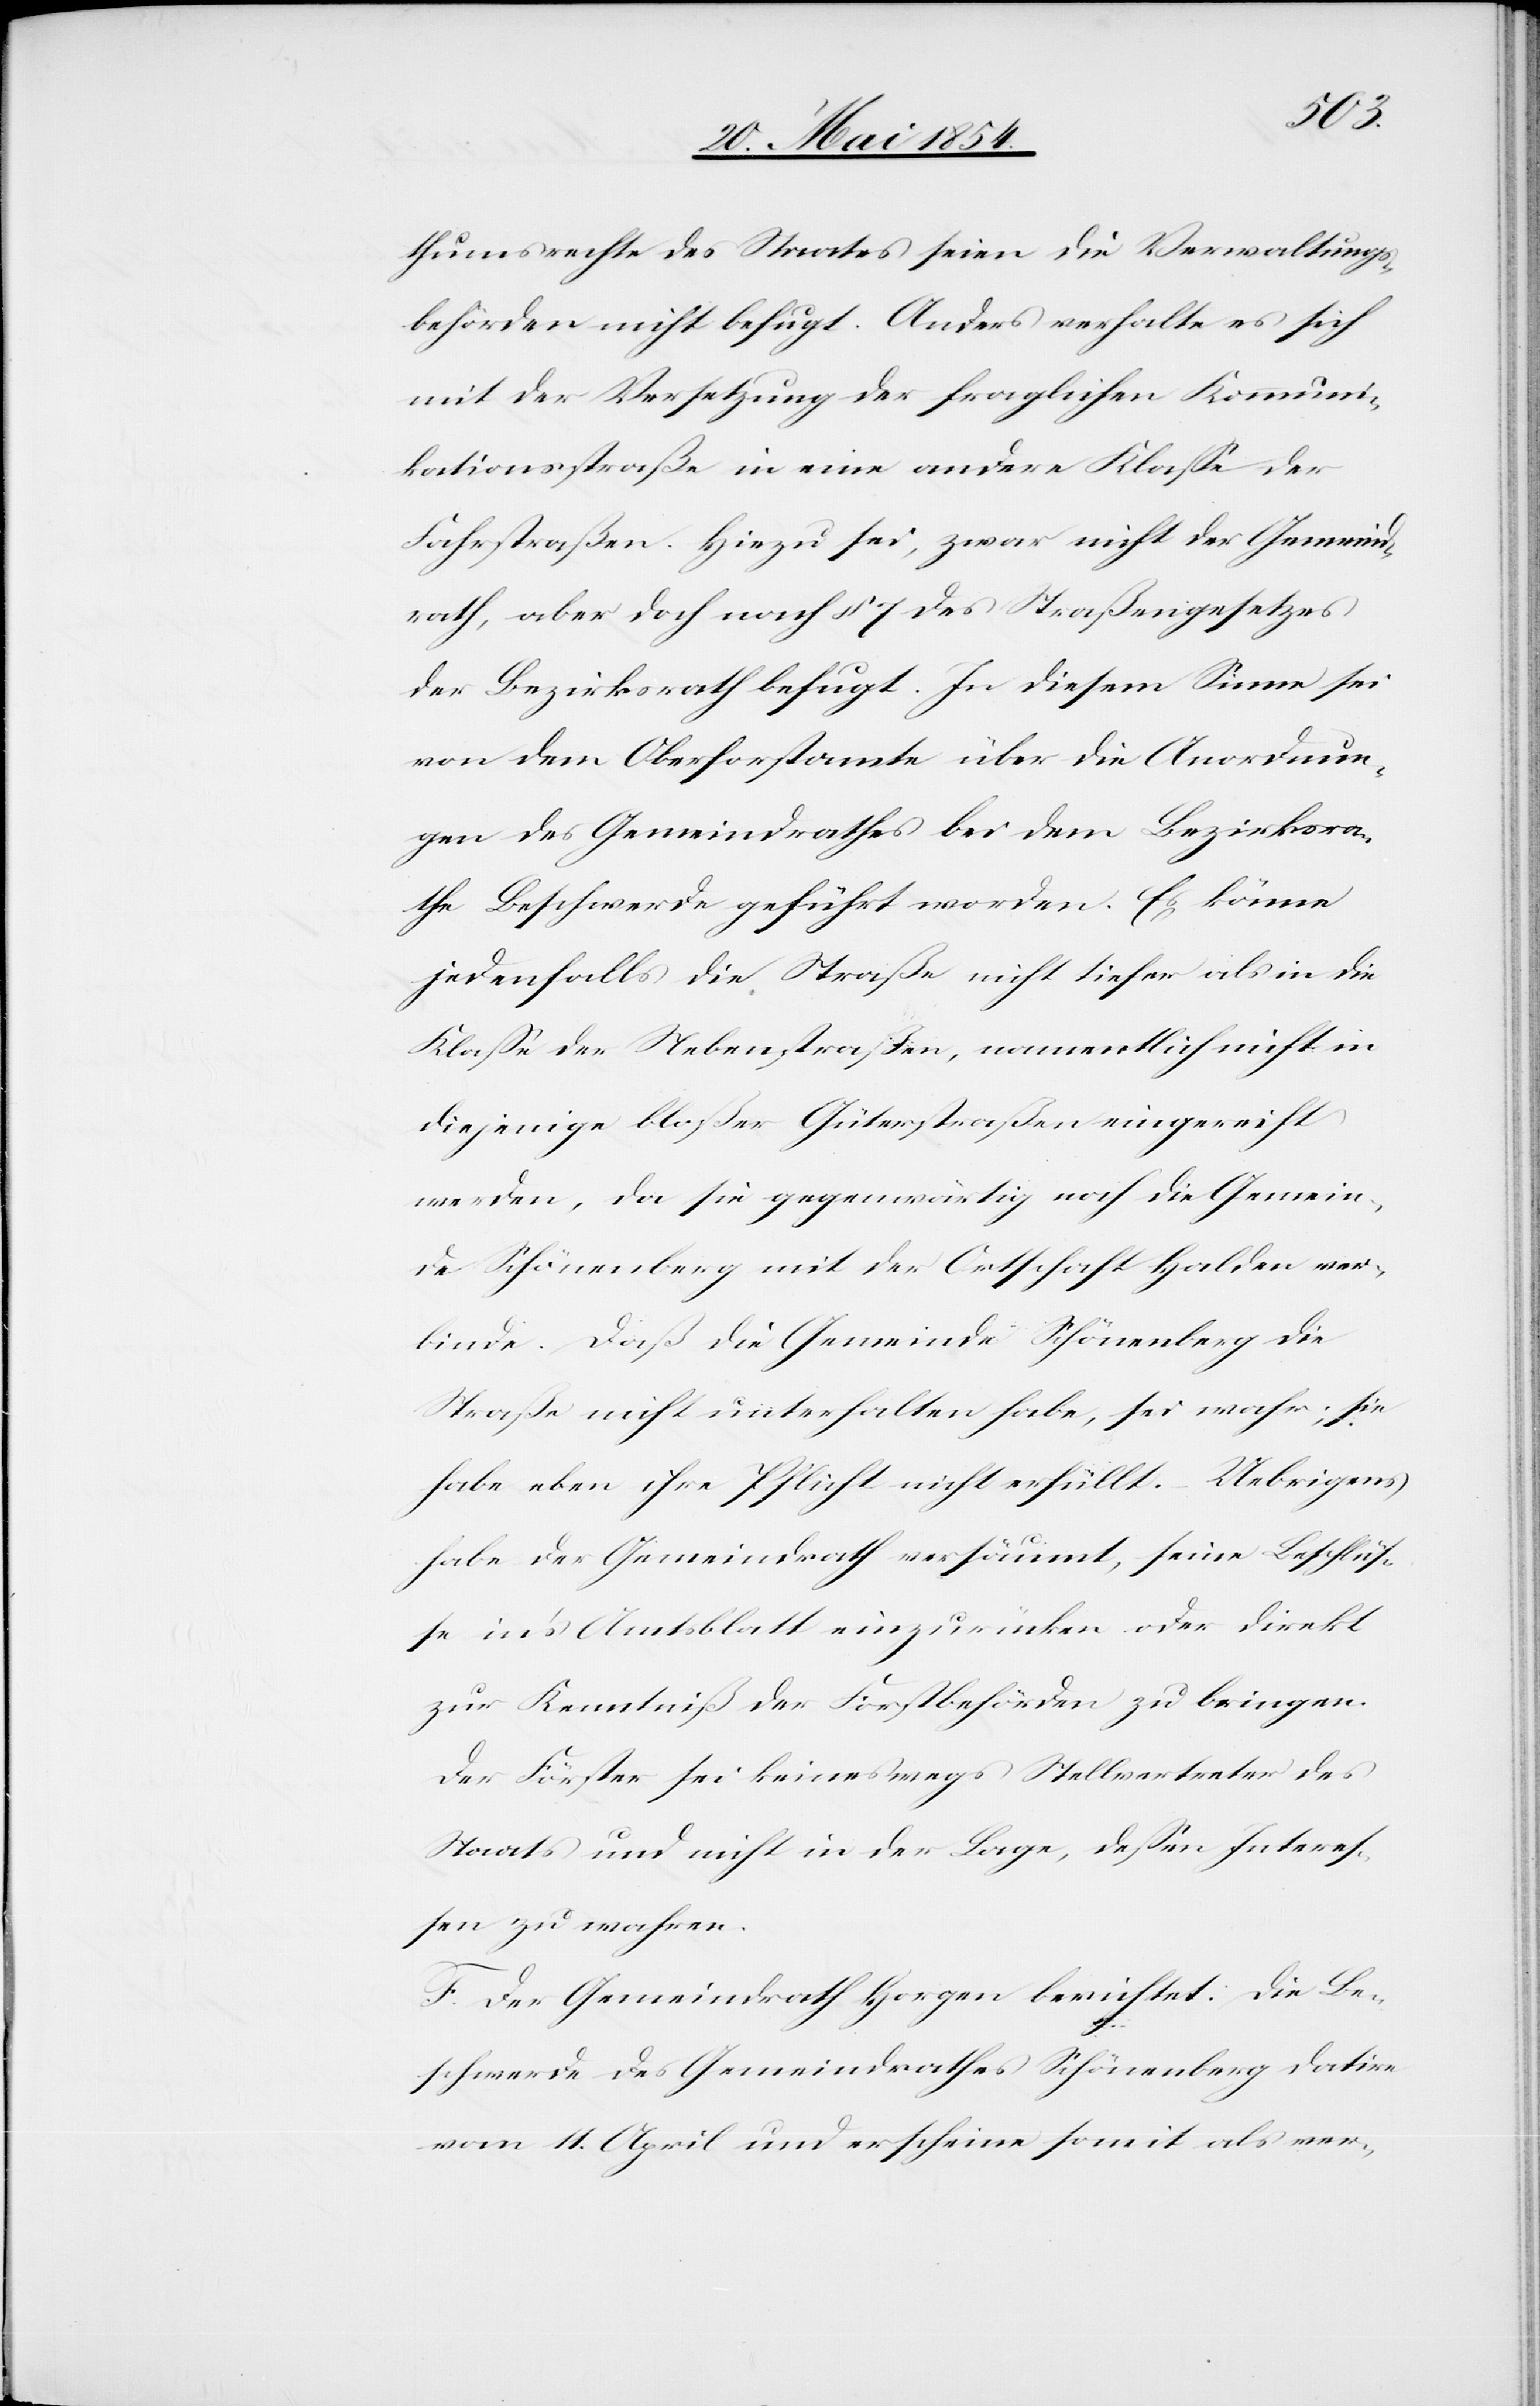
thumsrechte des Staates seien die Verwaltungs¬
behörden nicht befugt. Anders verhalte es sich
mit der Versetzung der fraglichen Kommuni¬
kationsstraße in eine andere Klaße der
Fahrstraßen. Hiezu sei, zwar nicht der Gemeind¬
rath, aber doch nach § 7 des Straßengesetzes
der Bezirksrath befugt. In diesem Sinne sei
von dem Oberforstamte über die Anordnun¬
gen des Gemeindrathes bei dem Bezirksra¬
the Beschwerde geführt worden. Es könne
jedenfalls die Straße nicht tiefer als in die
Klaße der Nebenstraßen, namentlich nicht in
diejenige bloßer Güterstraßen eingereicht
werden, da sie gegenwärtig noch die Gemein¬
de Schönenberg mit der Ortschaft Halden ver¬
binde. Daß die Gemeinde Schönenberg die
Straße nicht unterhalten habe, sei wahr; sie
habe eben ihre Pflicht nicht erfüllt. – Uebrigens
habe der Gemeindrath versäumt, seine Beschlüß¬
e in’s Amtsblatt einzurücken oder direkt
zur Kenntniß der Forstbehörden zu bringen.
Der Förster sei keineswegs Stellvertreter des
Staats und nicht in der Lage, deßen Intereß¬
en zu wahren.
F. Der Gemeindrath Horgen berichtet: Die Be¬
schwerde des Gemeindrathes Schönenberg datire
vom 11. April und erscheine somit als ver-